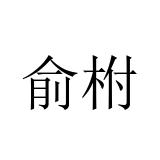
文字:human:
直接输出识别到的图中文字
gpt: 俞柎